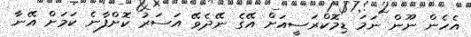
އެހެން ނޫން ނަމަ ޑިމޮކްރަސީއަށް އޭގެ ނޭދެވޭ އަސަރު ކޮށްފާނެ ކަމަށް އޭނާ